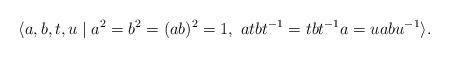
LaTeX: \begin{align*}\langle{a,b,t,u}\mid{a^2=b^2=(ab)^2=1},~atbt^{-1}=tbt^{-1}a=uabu^{-1}\rangle.\end{align*}